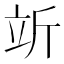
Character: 𬔘